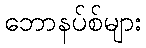
ဘောနပ်စ်များ